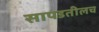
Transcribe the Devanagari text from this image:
सापडतीलच